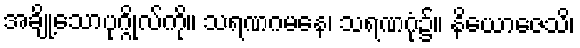
အချို့သောပုဂ္ဂိုလ်ကို။ သရဏဂမနေ၊ သရဏဂုံ၌။ နိယောဇေသိ၊